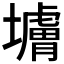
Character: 𰊼